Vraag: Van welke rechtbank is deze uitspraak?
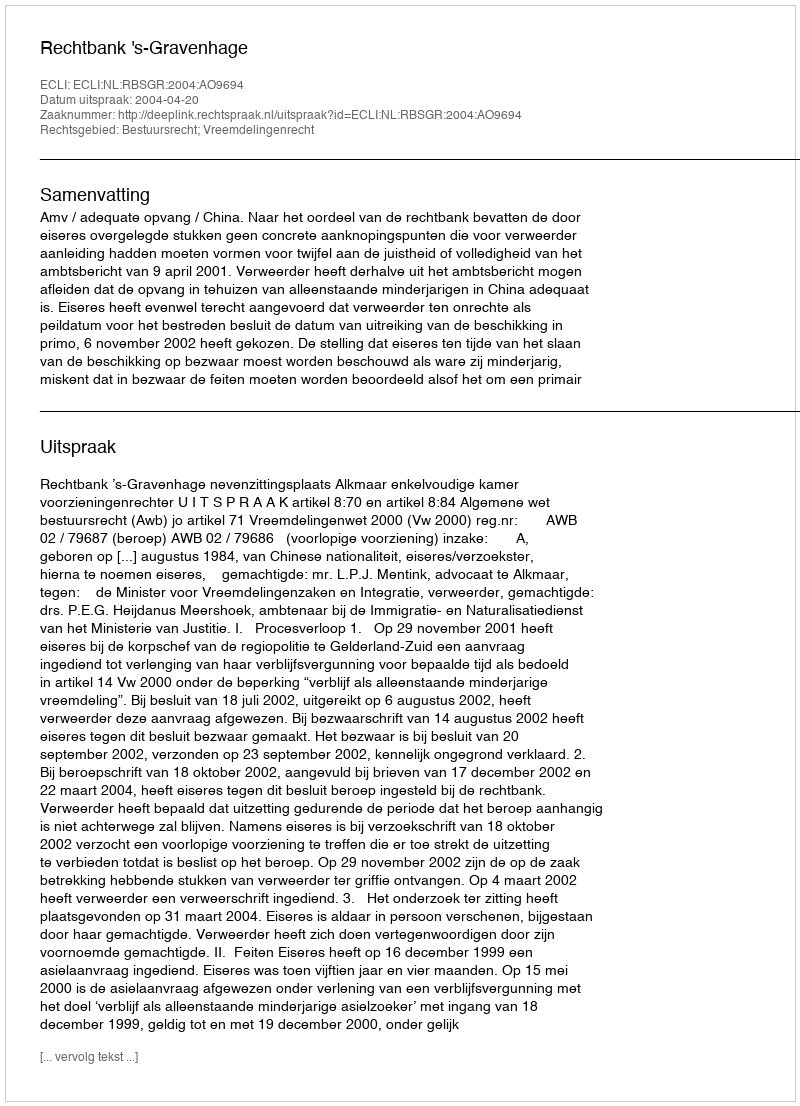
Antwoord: Rechtbank 's-Gravenhage